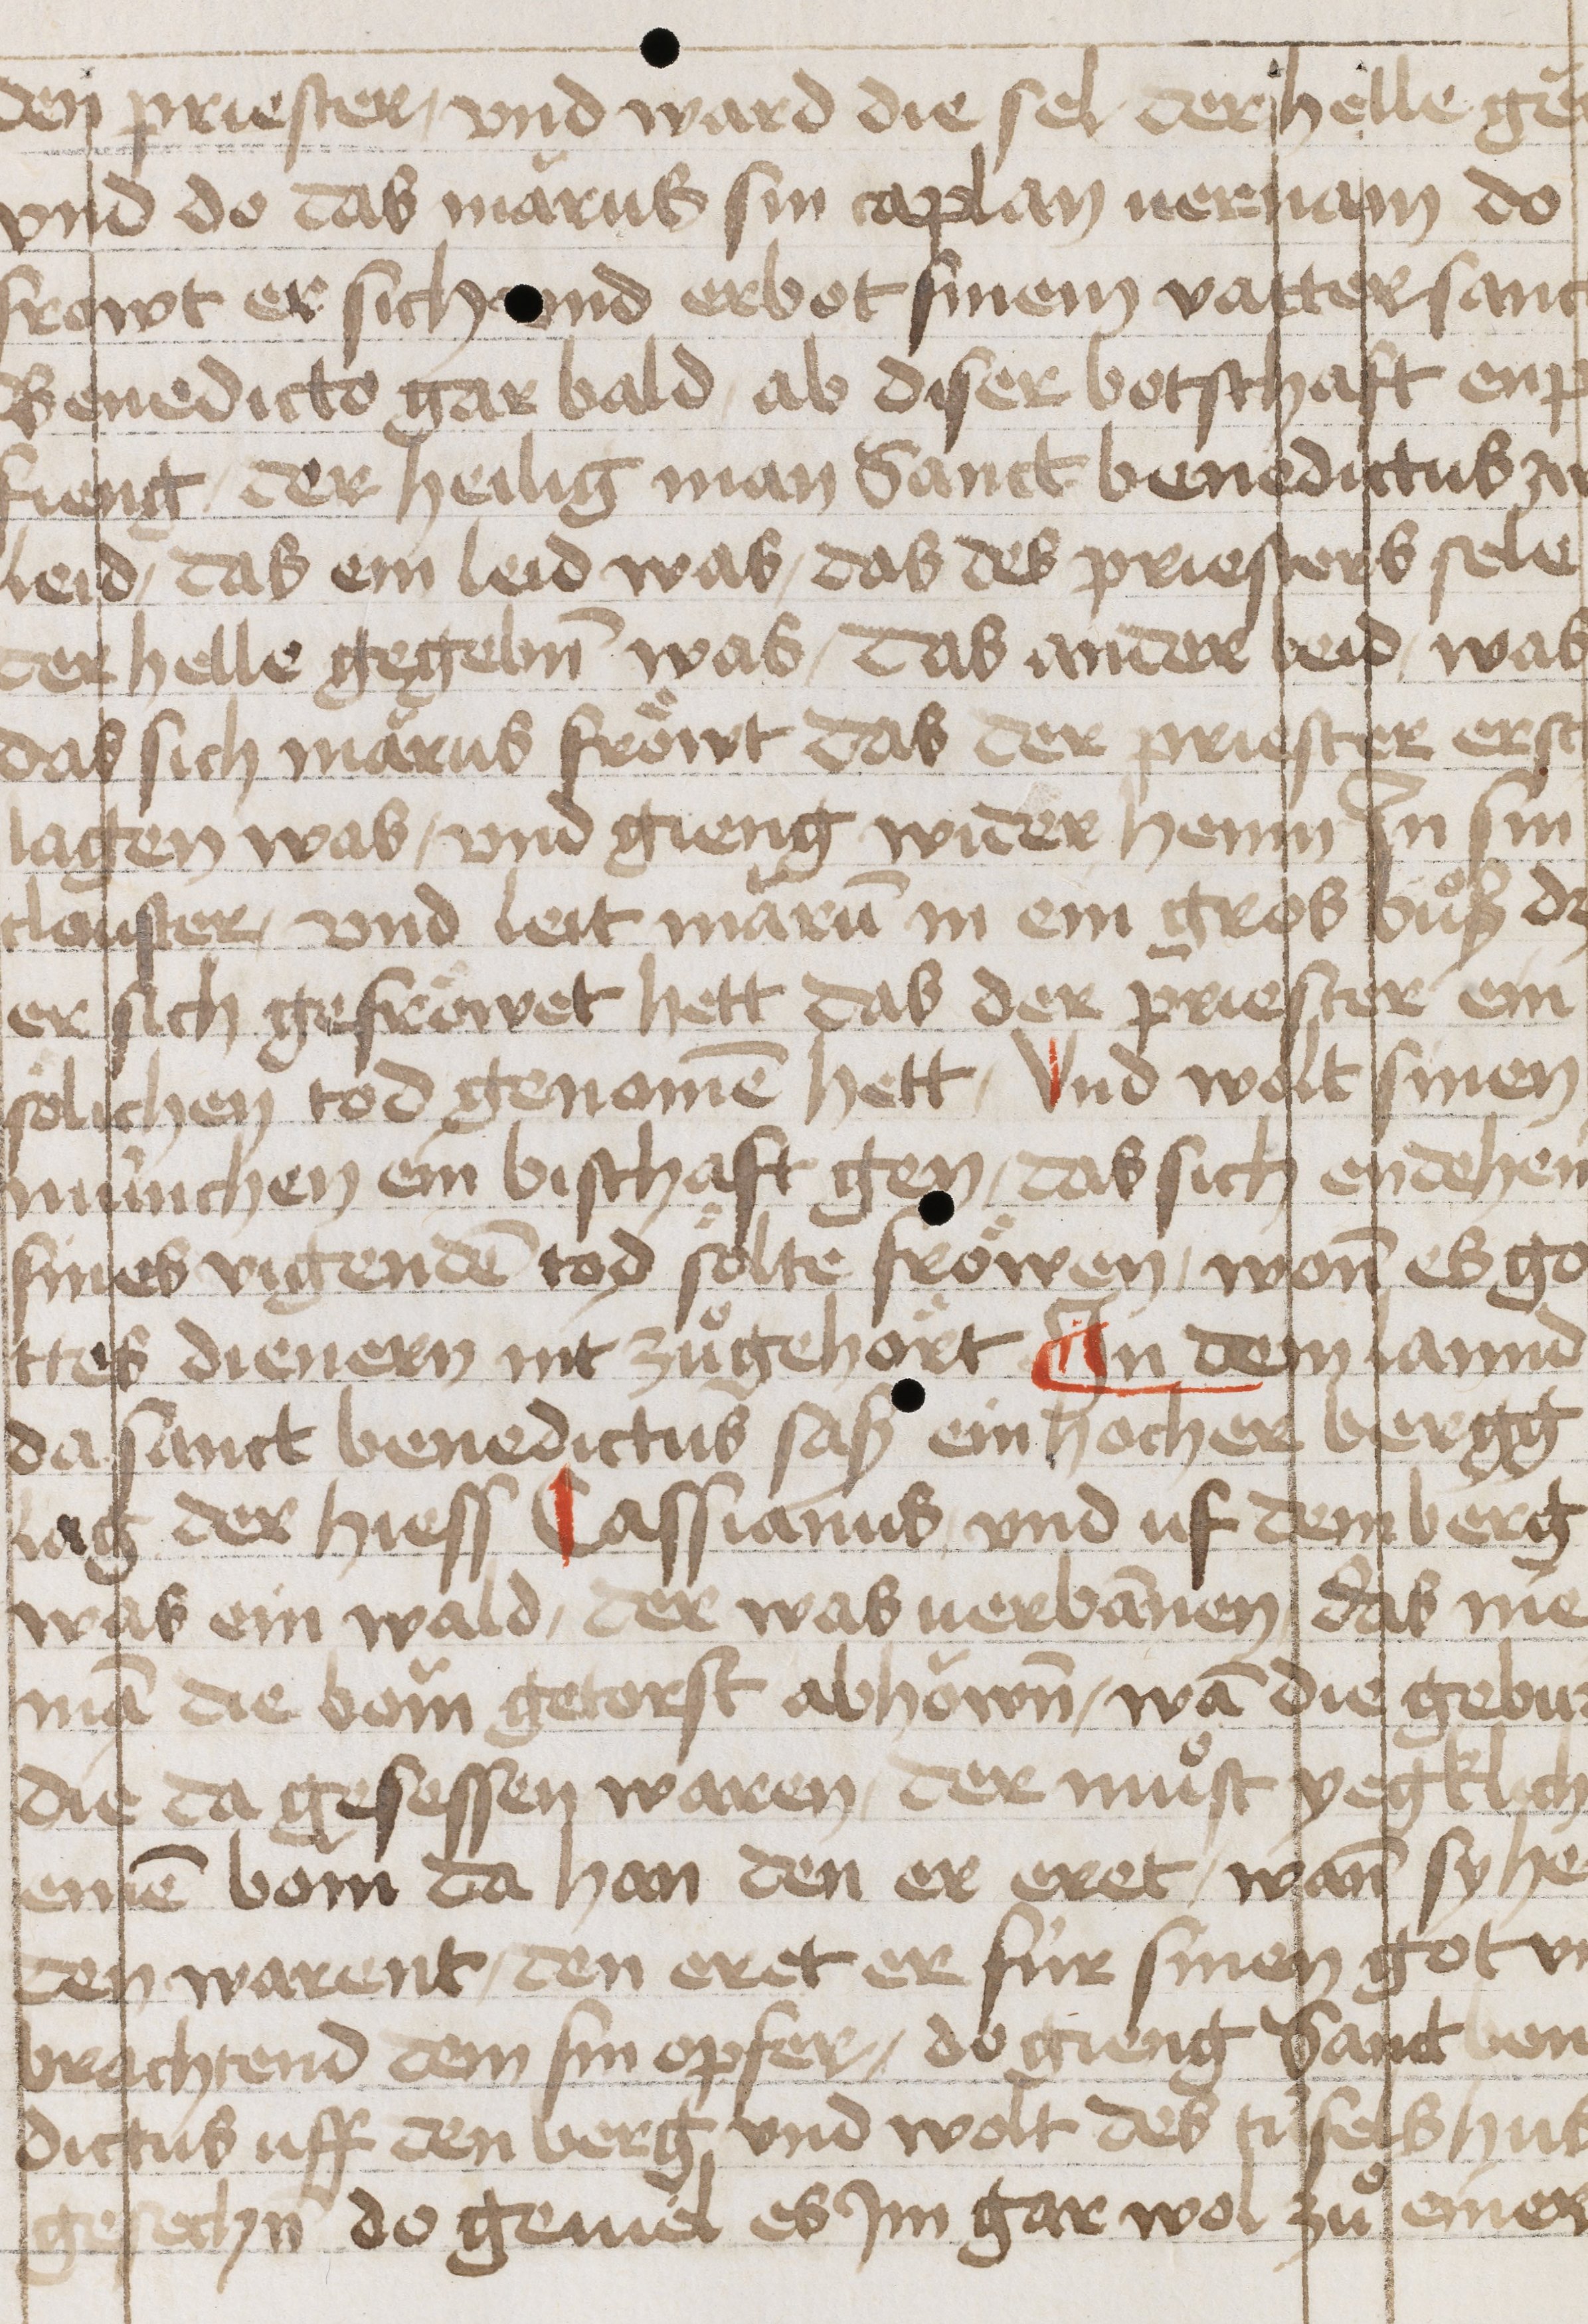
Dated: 1400–1499